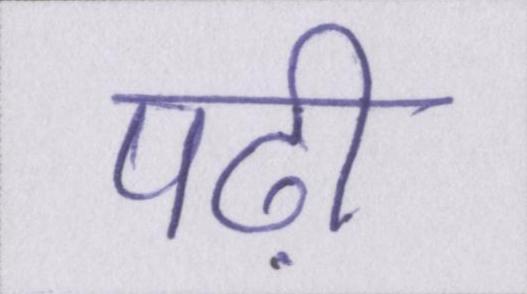
पढ़ी